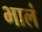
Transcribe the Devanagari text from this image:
भालं